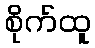
စိုက်ထူ